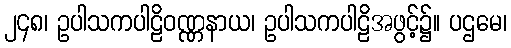
၂၄၈၊ ဥပါသကပါဠိဝဏ္ဏနာယ၊ ဥပါသကပါဠိအဖွင့်၌။ ပဌမေ၊